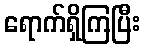
ရောက်ရှိကြပြီး